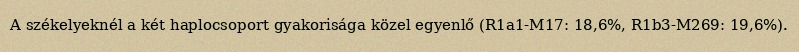
A székelyeknél a két haplocsoport gyakorisága közel egyenlő (R1a1-M17: 18,6%, R1b3-M269: 19,6%).